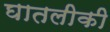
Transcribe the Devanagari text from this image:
घातलीकी